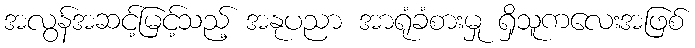
အလွန်အဆင့်မြင့်သည့် အနုပညာ အာရုံခံစားမှု ရှိသူကလေးအဖြစ်